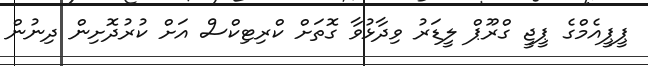
ޕީޕީއެމްގެ ޕީޖީ ގްރޫޕް ލީޑަރު ވިދާޅުވާ ގޮތަށް ކްރިޓިކްސް އަށް ކުރުދޮށިން ދިނުން